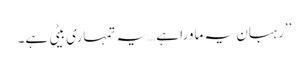
’’رہبان یہ ماورا ہے…یہ تمہاری بیٹی ہے۔